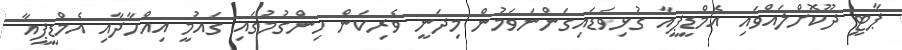
ޕާޓީ ދޫކޮށްލައްވައި އެމްޑީޕީއާ ގުޅިވަޑައިގަންނަވަމުން މިދަނީ ވެރިކަން ހިންގުމުގައި ގައުމީ އިއްހާދާއި އެމްޑީޕީއާ